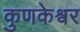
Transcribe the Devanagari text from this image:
कुणकेश्र्वर